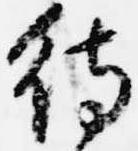
待